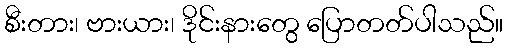
စီးတား၊ ဗားယား၊ ဒိုင်းနားတွေ ပြောတတ်ပါသည်။